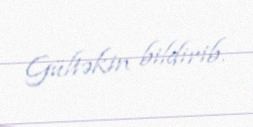
Gültəkin bildirib.